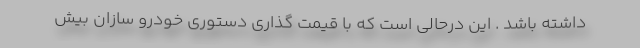
داشته باشد . این درحالی است که با قیمت گذاری دستوری خودرو سازان بیش